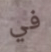
في